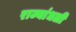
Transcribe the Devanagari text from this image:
राज्यांधली